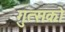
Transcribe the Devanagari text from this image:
गुत्सको